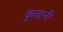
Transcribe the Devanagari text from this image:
कुतानी